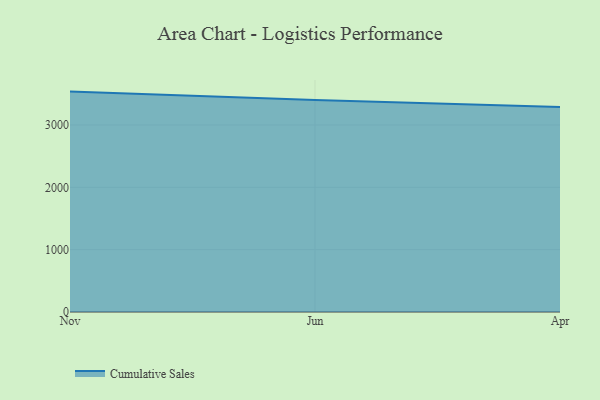
{"axis": {"x": "Month", "y": "Satisfaction Score"}, "legend": ["Cumulative Sales"], "data": [{"x": "Nov", "y": 3536.1, "type": "Cumulative Sales"}, {"x": "Jun", "y": 3402.8, "type": "Cumulative Sales"}, {"x": "Apr", "y": 3289.6, "type": "Cumulative Sales"}]}